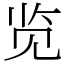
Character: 览